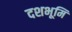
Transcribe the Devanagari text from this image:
दशभूमि